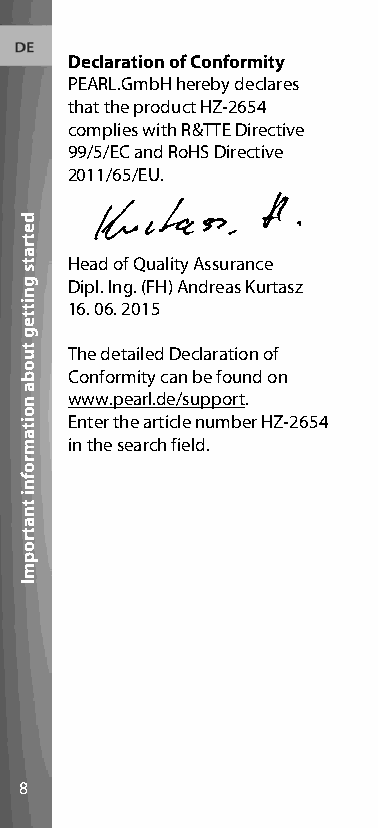
Declaration of Conformity
 PEARL.GmbH hereby declares
 that the product HZ-2654
 complies with R&TTE Directive
 99/5/EC and RoHS Directive
 2011/65/EU.
 Head of Quality Assurance
 Dipl. Ing. (FH) Andreas Kurtasz
 16. 06. 2015
 The detailed Declaration of
 Conformity can be found on
 www.pearl.de/support.
 Enter the article number HZ-2654
 in the search field.
 8
 detrats
 gnitteg
 tuoba
 noitamrofni
 tnatropmI